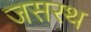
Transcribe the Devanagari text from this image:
जसरथ